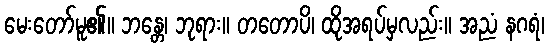
မေးတော်မူ၏။ ဘန္တေ၊ ဘုရား။ တတောပိ၊ ထိုအရပ်မှလည်း။ အညံ နဂရံ၊